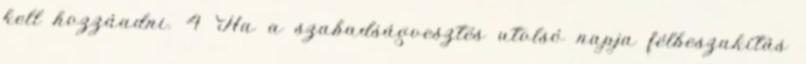
kell hozzáadni. 4 Ha a szabadságvesztés utolsó napja félbeszakítás